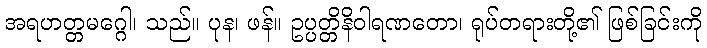
အရဟတ္တမဂ္ဂေါ၊ သည်။ ပုန၊ ဖန်။ ဥပ္ပတ္တိနိဝါရဏတော၊ ရုပ်တရားတို့၏ ဖြစ်ခြင်းကို